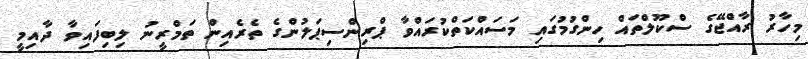
މިހާރު ރާއްޖޭގެ ސްކޫލްތައް ހިންގުމުގައި މަސައްކަތްކުރައްވާ ޕްރިންސިޕަލުންގެ ތެރެއިން ތަމްރީނު ލިބިފައިވާ ދާއިމީ